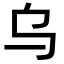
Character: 乌